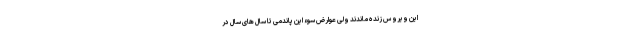
این ویروس زنده ماندند ولی عوارض سوء این پاندمی تا سال های سال در